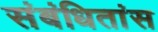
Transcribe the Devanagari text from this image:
संबंधितांस